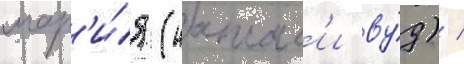
мар'и́я (натал'и ву́д) /